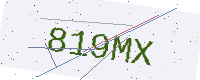
Text: 819MX